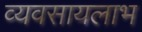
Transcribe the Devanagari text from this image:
व्यवसायलाभ